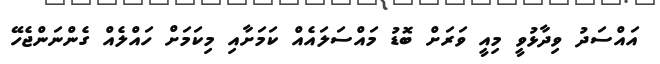
އައްސަދު ވިދާޅުވީ މިއީ ވަރަށް ބޮޑު މައްސަލައެއް ކަމަށާއި މިކަަމަށް ހައްލެއް ގެންނަންޖެހޭ